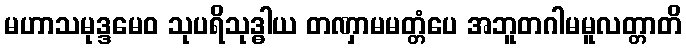
မဟာသမုဒ္ဒမေဝ သုပရိသုဒ္ဓါယ တဏှာမမတ္တံပေ အဘူတဂါမမူလတ္တာတိ